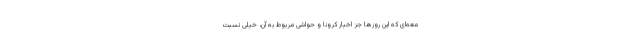
معه‌ای که این روزها جز اخبار کرونا و حواشی مربوط به آن، خیلی نسبت